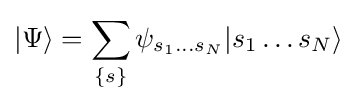
|\Psi \rangle =\sum _{\{s\}}\psi _{s_{1}...s_{N}}|s_{1}\ldots s_{N}\rangle